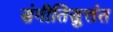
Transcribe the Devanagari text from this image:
संगीतिसुत्तंत